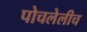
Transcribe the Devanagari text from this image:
पोचलेलीच